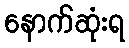
နောက်ဆုံးရ